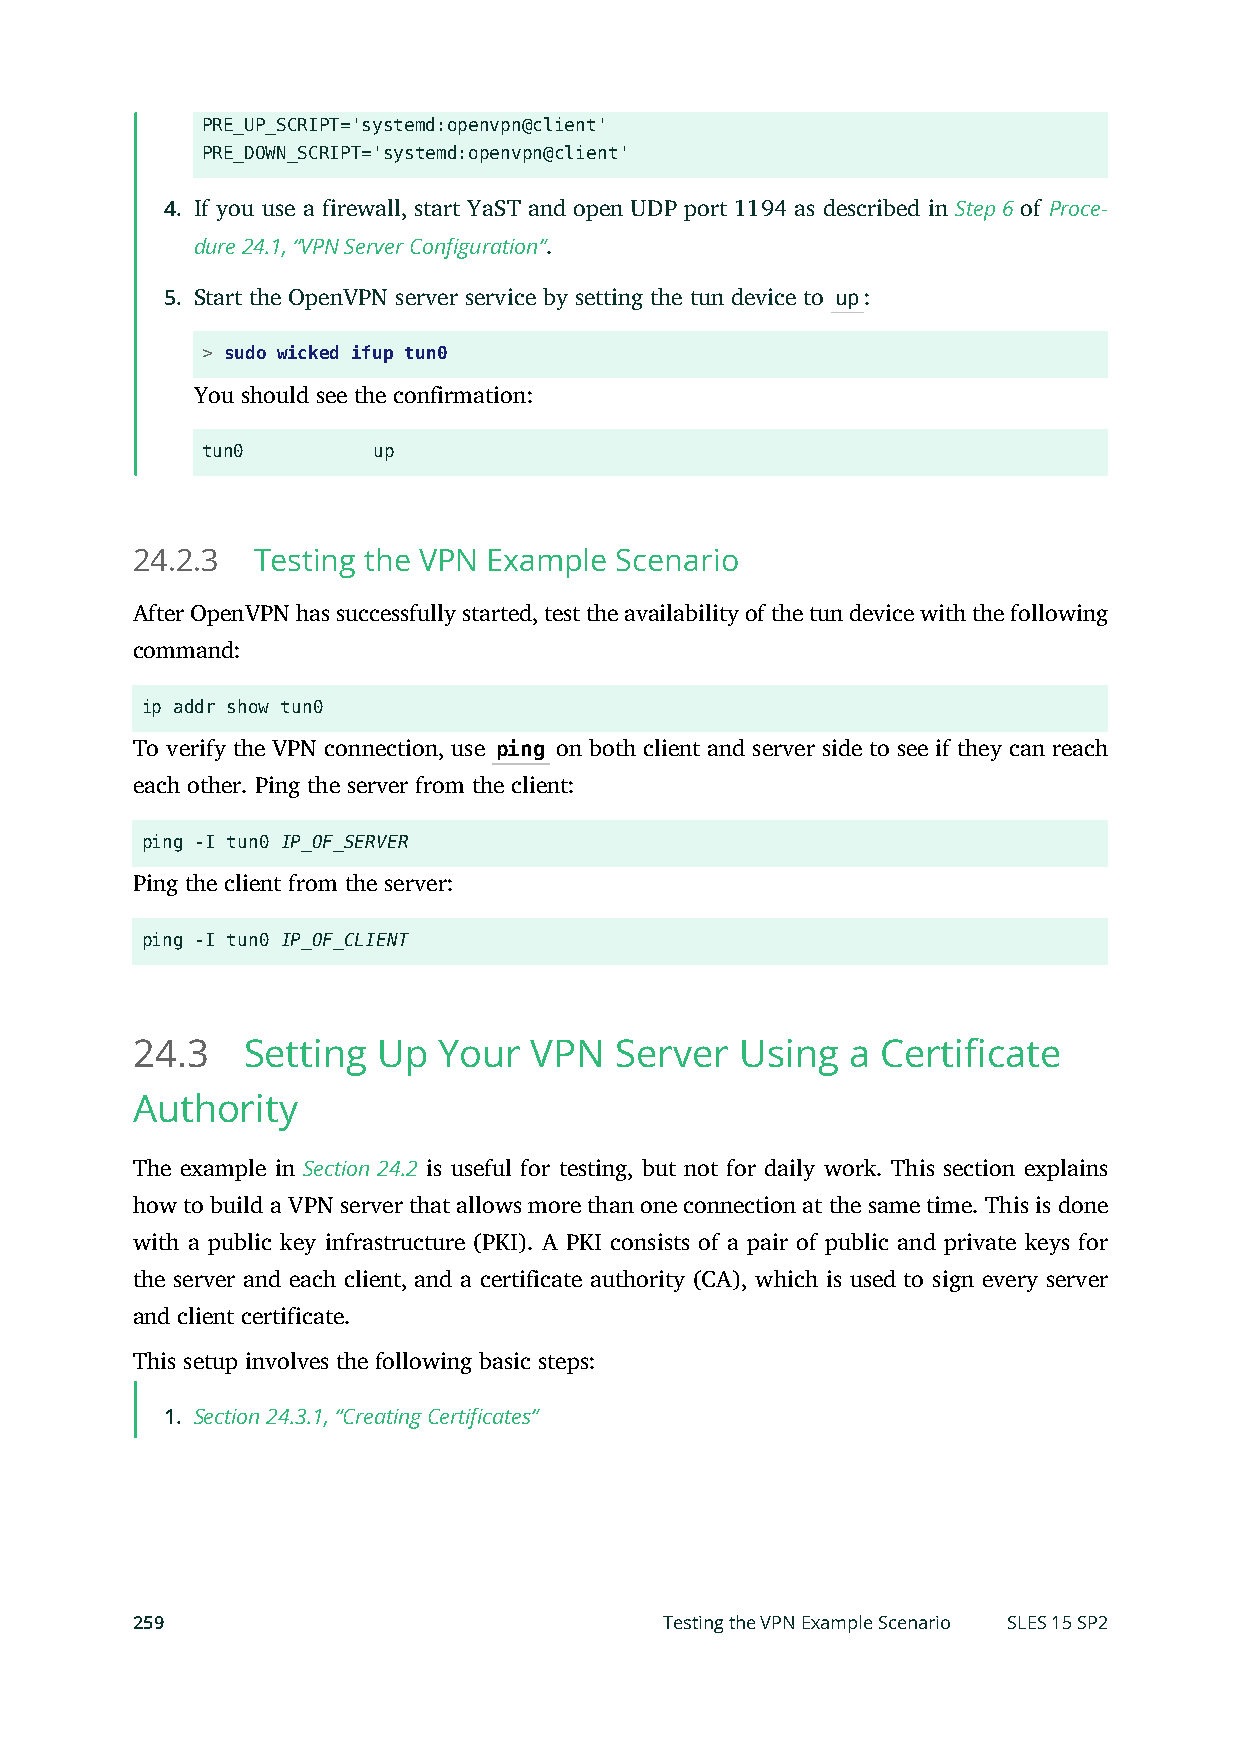
PRE_UP_SCRIPT='systemd:openvpn@client'
 PRE_DOWN_SCRIPT='systemd:openvpn@client'
 4. If you use a firewall, start YaST and open UDP port 1194 as described in Step 6 of Proce-
 dure 24.1, “VPN Server Configuration”.
 5. Start the OpenVPN server service by setting the tun device to up:
 > sudo wicked ifup tun0
 You should see the confirmation:
 tun0        up
 24.2.3  Testing the VPN Example Scenario
 After OpenVPN has successfully started, test the availability of the tun device with the following
 command:
 ip addr show tun0
 To verify the VPN connection, use ping on both client and server side to see if they can reach
 each other. Ping the server from the client:
 ping -I tun0 IP_OF_SERVER
 Ping the client from the server:
 ping -I tun0 IP_OF_CLIENT
 24.3   Setting  Up  Your  VPN   Server  Using  a Certificate
 Authority
 The example in Section 24.2 is useful for testing, but not for daily work. This section explains
 how to build a VPN server that allows more than one connection at the same time. This is done
 with a public key infrastructure (PKI). A PKI consists of a pair of public and private keys for
 the server and each client, and a certificate authority (CA), which is used to sign every server
 and client certificate.
 This setup involves the following basic steps:
 1. Section 24.3.1, “Creating Certificates”
 259                                Testing the VPN Example Scenario SLES 15 SP2